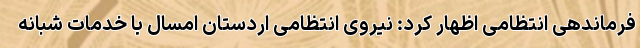
فرماندهی انتظامی اظهار کرد: نیروی انتظامی اردستان امسال با خدمات شبانه